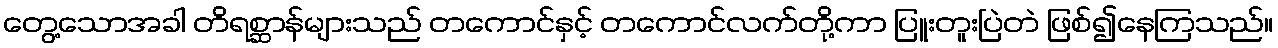
တွေ့သောအခါ တိရစ္ဆာန်များသည် တကောင်နှင့် တကောင်လက်တို့ကာ ပြူးတူးပြဲတဲ ဖြစ်၍နေကြသည်။